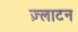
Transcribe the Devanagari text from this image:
ज़्लाटन